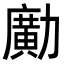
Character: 𠢹